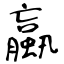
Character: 蠃